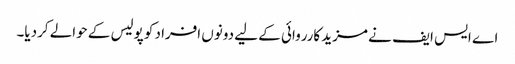
اے ایس ایف نے مزید کارروائی کے لیے دونوں افراد کو پولیس کے حوالے کردیا۔